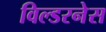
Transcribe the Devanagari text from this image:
विल्डरनेस